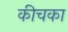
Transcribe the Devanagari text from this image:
कीचका